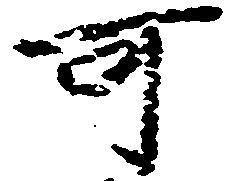
可